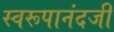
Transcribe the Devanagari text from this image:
स्वरूपानंदजी